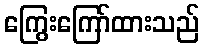
ကြွေးကြော်ထားသည်